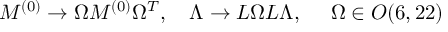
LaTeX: M ^ { ( 0 ) } \to \Omega M ^ { ( 0 ) } \Omega ^ { T } , \ \ \ \Lambda \to L \Omega L \Lambda , \ \ \ \ \Omega \in O ( 6 , 2 2 )